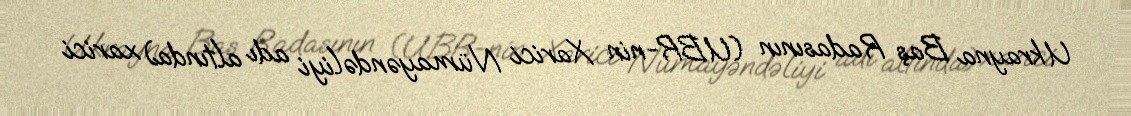
Ukrayna Baş Radasının (UBR-nin Xarici Nümayəndəliyi adı altında) xarici